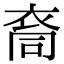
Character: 𮕺